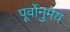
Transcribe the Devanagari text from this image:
पूर्वोनुमेय